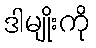
ဒါမျိုးကို